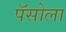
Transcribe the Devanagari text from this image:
पॅसोला